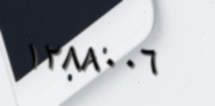
١٢٨٨٠٠٦